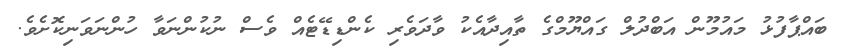
ބައްޕާފުޅު މައުމޫން އަބްދުލް ގައްޔޫމްގެ ތާއިދާއެކު ވާދަވެރި ކެންޑިޑޭޓެއް ވެސް ނުކުންނަވާ ހުންނަވަނިކޮށެވެ.